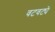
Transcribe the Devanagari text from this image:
वटवट्ये